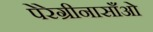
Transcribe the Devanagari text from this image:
पेरेग्रीनासाँओ